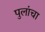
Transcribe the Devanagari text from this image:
पुलांचा